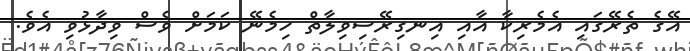
އޭގެ ތެރޭގައި އެމެރިކާ އާއި އިނގިރޭސިވިލާތް ހިމެނޭ ކަމަށް ވެސް ވިދާޅުވި އެވެ.